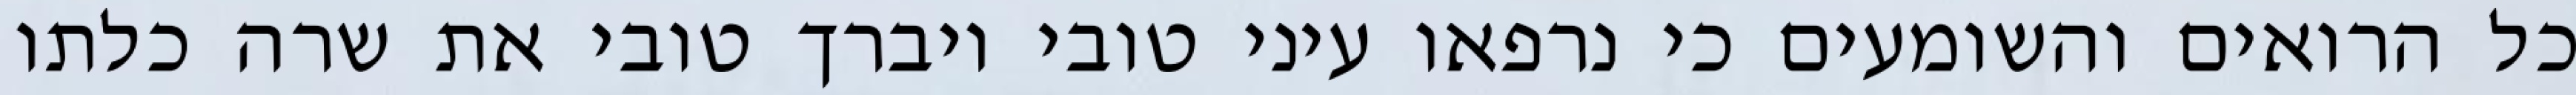
כל הרואים והשומעים כי נרפאו עיני טובי ויברך טובי את שרה כלתו